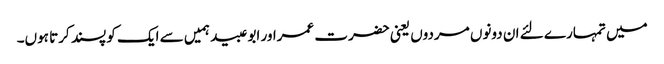
میں تمہارے لئے ان دونوں مردوں یعنی حضرت عمراور ابو عبید ہمیں سے ایک کو پسند کرتا ہوں۔